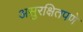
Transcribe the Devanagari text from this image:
असुरक्षितपणे